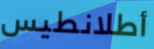
أطلانطيس